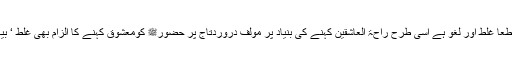
جس طرح یہ الزام قطعاً غلط اور لغو ہے اسی طرح راحۃ العاشقین کہنے کی بنیاد پر مؤلف دروردتاج پر حضورﷺ کومعشوق کہنے کا الزام بھی غلط ‘ بیہودہ اور لایعنی ہے۔